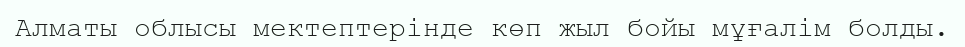
Алматы облысы мектептерінде көп жыл бойы мұғалім болды.